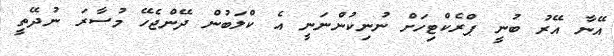
އޭނާ އޭރު ބުނީ ޕްރެކްޓިހަށް ނުނިކުންނަނީ އެ ކްލަބުން ދޭންޖެހޭ މުސާރަ ނުދޭތީ